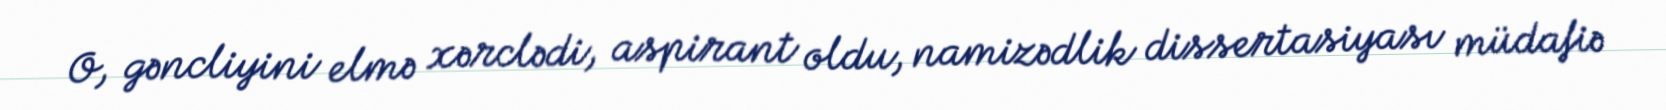
O, gəncliyini elmə xərclədi, aspirant oldu, namizədlik dissertasiyası müdafiə